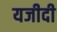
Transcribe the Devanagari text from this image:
यजीदी